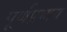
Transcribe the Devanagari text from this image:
पूर्णप्रभाय